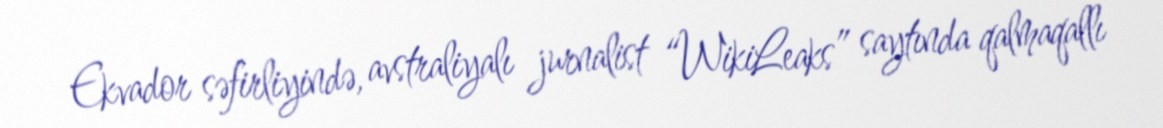
Ekvador səfirliyində, avstraliyalı jurnalist “WikiLeaks” saytında qalmaqallı